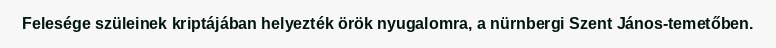
Felesége szüleinek kriptájában helyezték örök nyugalomra, a nürnbergi Szent János-temetőben.